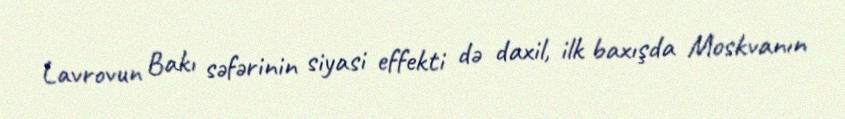
Lavrovun Bakı səfərinin siyasi effekti də daxil, ilk baxışda Moskvanın